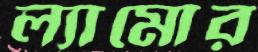
ল্যামোর